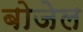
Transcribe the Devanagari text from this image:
बोजेल